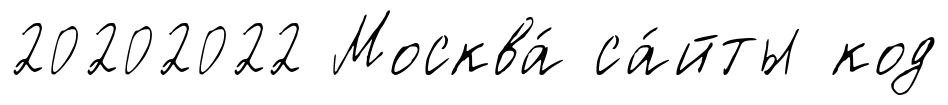
20202022 Москва́ са́йты код